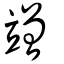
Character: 竲